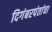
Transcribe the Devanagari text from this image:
दिगंबरपंतांचा